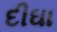
દીઘા